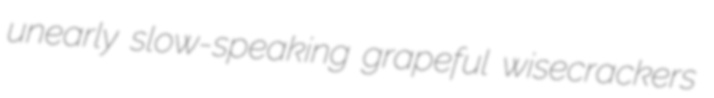
unearly slow-speaking grapeful wisecrackers